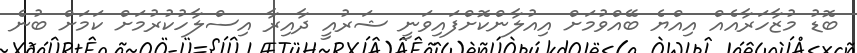
ބޮޑު މުޒާހަރާއެއް އިއްޔެ ބޭއްވުމަށް އިއުލާންކޮށްފައިވަނީ ޝަރުއީ ދާއިރާ އިސްލާހުކުރުމަށް ކަމަށް ބުނެ